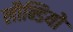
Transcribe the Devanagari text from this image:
लौन्डियोे